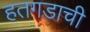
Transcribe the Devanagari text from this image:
हतगडाची